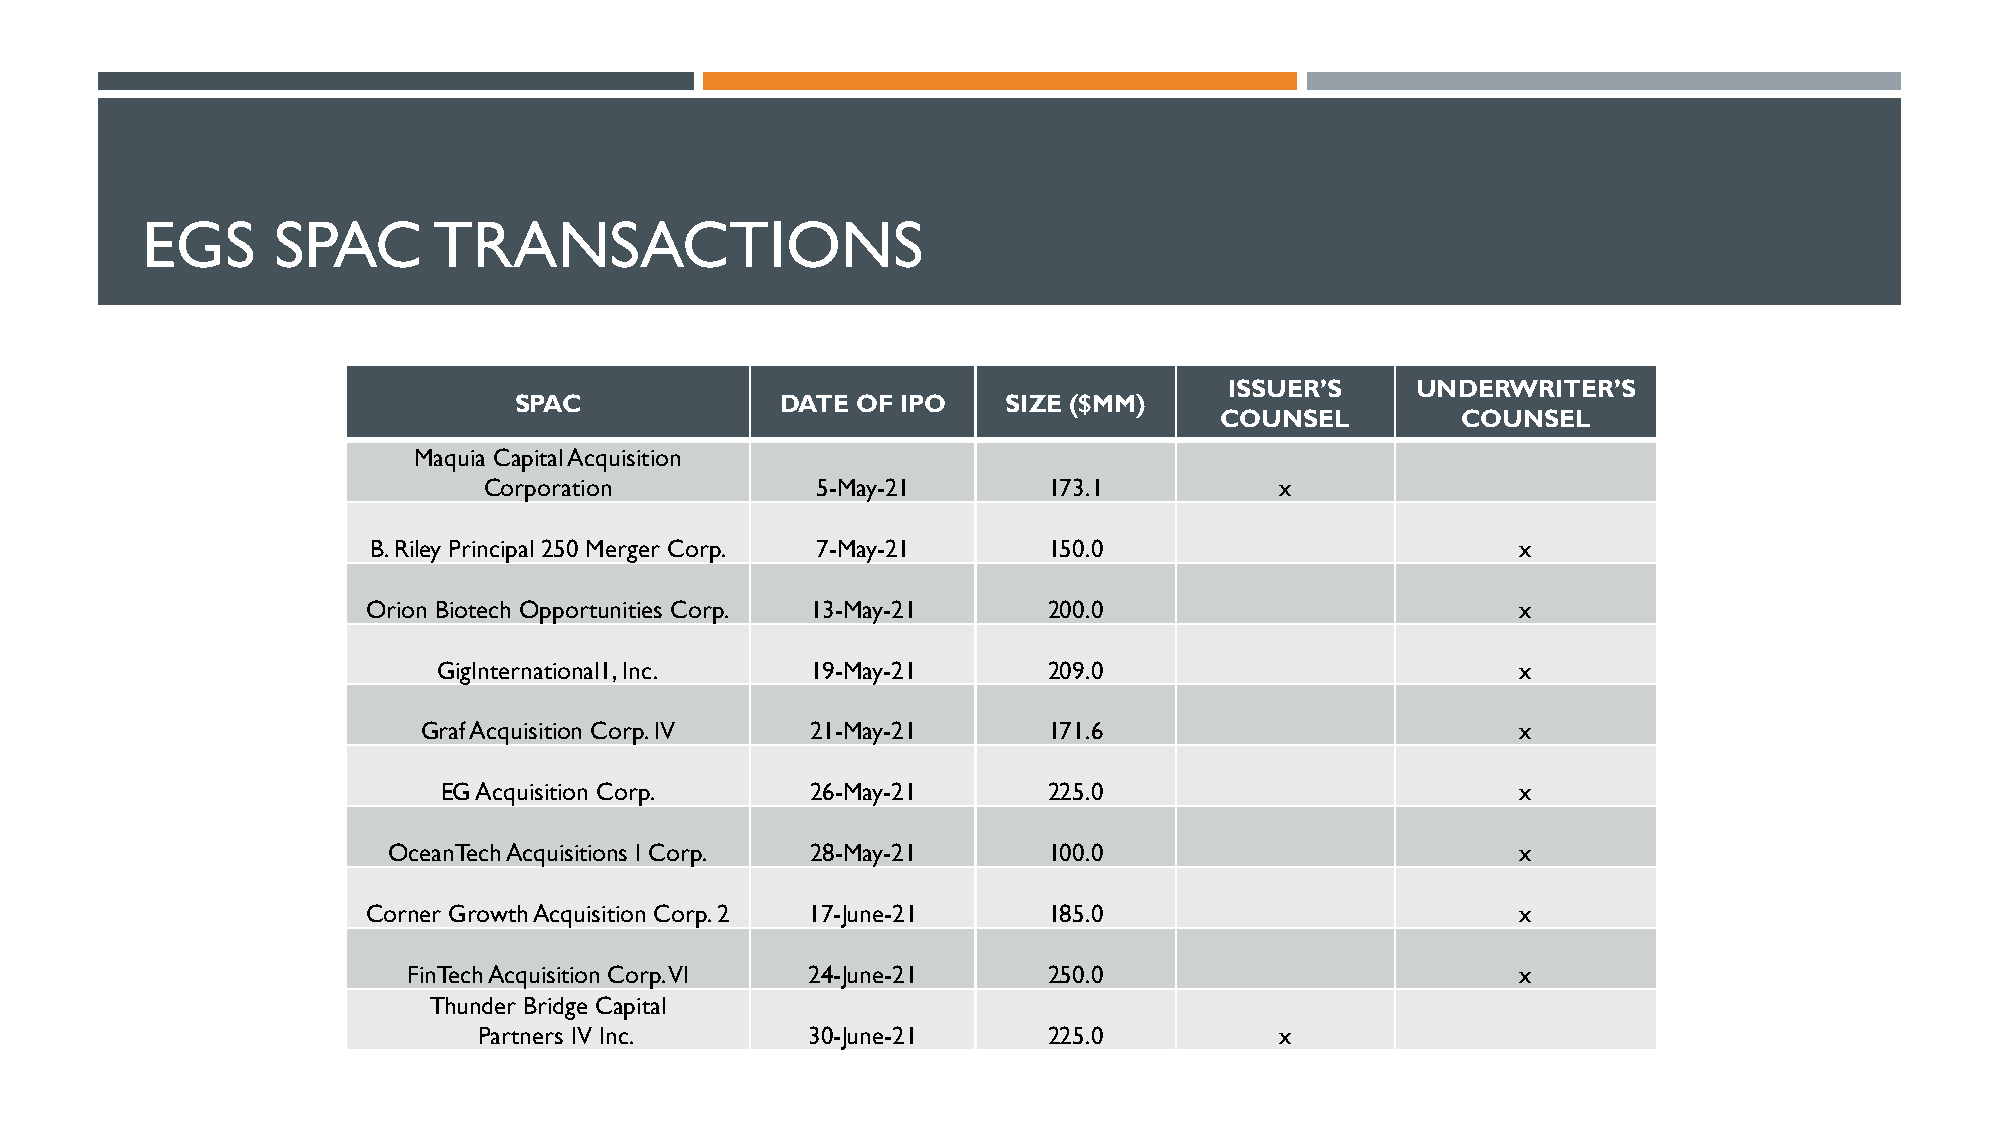
EGS      SPAC       TRANSACTIONS
 ISSUER’S     UNDERWRITER’S
 SPAC              DATE OF IPO    SIZE ($MM)
 COUNSEL         COUNSEL
 Maquia Capital Acquisition
 Corporation           5-May-21       173.1           x
 B. Riley Principal 250 Merger Corp. 7-May-21 150.0                           x
 Orion Biotech Opportunities Corp. 13-May-21  200.0                           x
 GigInternational1, Inc.  19-May-21      209.0                           x
 Graf Acquisition Corp. IV 21-May-21      171.6                           x
 EG Acquisition Corp.     26-May-21      225.0                           x
 OceanTechAcquisitions I Corp. 28-May-21    100.0                           x
 Corner Growth Acquisition Corp. 2 17-June-21 185.0                           x
 FinTechAcquisition Corp. VI 24-June-21    250.0                           x
 Thunder Bridge Capital
 Partners IV Inc.     30-June-21      225.0           x